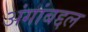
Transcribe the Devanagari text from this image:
अंगांबद्दल